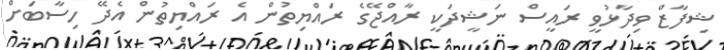
ޝިފާޒް ވިދާޅުވީ ރައީސް ނަޝީދަކީ ރާއްޖޭގެ ރައްޔިތުން އެ ރައްޔިތުން އެދޭ ހިސާބަށް